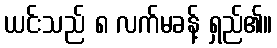
ယင်းသည် ၈ လက်မခန့် ရှည်၏။